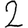
Digit: 2